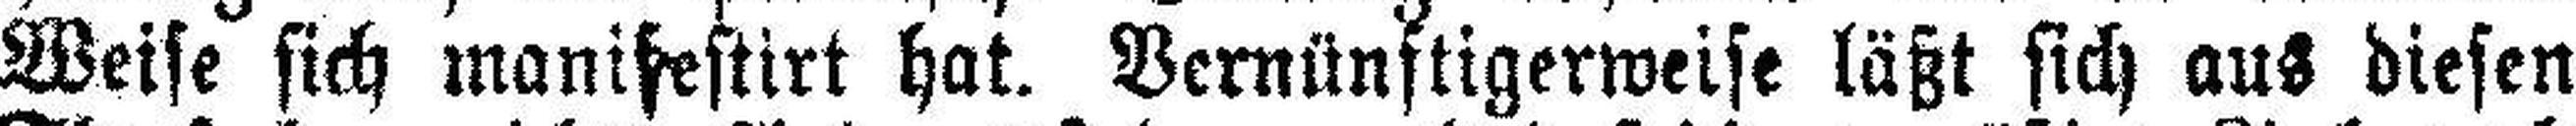
Weise sich manifestirt hat. Vernünftigerweise läßt sich aus diesen